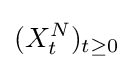
(X_{t}^{N})_{t\geq 0}